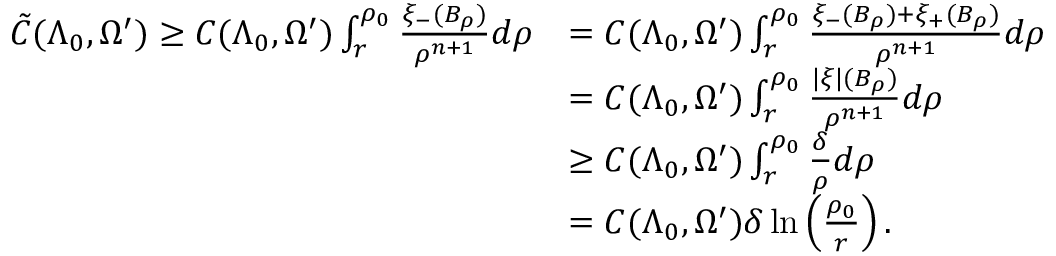
\begin{array} { r l } { \tilde { C } ( \Lambda _ { 0 } , \Omega ^ { \prime } ) \geq C ( \Lambda _ { 0 } , \Omega ^ { \prime } ) \int _ { r } ^ { \rho _ { 0 } } \frac { \xi _ { - } ( B _ { \rho } ) } { \rho ^ { n + 1 } } d \rho } & { = C ( \Lambda _ { 0 } , \Omega ^ { \prime } ) \int _ { r } ^ { \rho _ { 0 } } \frac { \xi _ { - } ( B _ { \rho } ) + \xi _ { + } ( B _ { \rho } ) } { \rho ^ { n + 1 } } d \rho } \\ & { = C ( \Lambda _ { 0 } , \Omega ^ { \prime } ) \int _ { r } ^ { \rho _ { 0 } } \frac { | \xi | ( B _ { \rho } ) } { \rho ^ { n + 1 } } d \rho } \\ & { \geq C ( \Lambda _ { 0 } , \Omega ^ { \prime } ) \int _ { r } ^ { \rho _ { 0 } } \frac { \delta } { \rho } d \rho } \\ & { = C ( \Lambda _ { 0 } , \Omega ^ { \prime } ) \delta \ln \left( \frac { \rho _ { 0 } } { r } \right) . } \end{array}